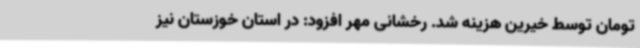
تومان توسط خیرین هزینه شد. رخشانی مهر افزود: در استان خوزستان نیز